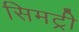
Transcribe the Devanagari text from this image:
सिमट्री